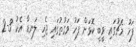
ފަހު މެޗުގައި ވީބީ ކޮޅަށް ފަހު ވަގުތުގައި ޖެހި ލަނޑާ އެކު 3-2